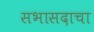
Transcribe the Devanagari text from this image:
सभासदाचा